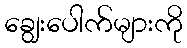
ချွေးပေါက်များကို